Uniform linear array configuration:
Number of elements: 16
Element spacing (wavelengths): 0.25
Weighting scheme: kaiser
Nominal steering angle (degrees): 60
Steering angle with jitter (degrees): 61.11
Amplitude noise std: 0.05
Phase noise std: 0.05

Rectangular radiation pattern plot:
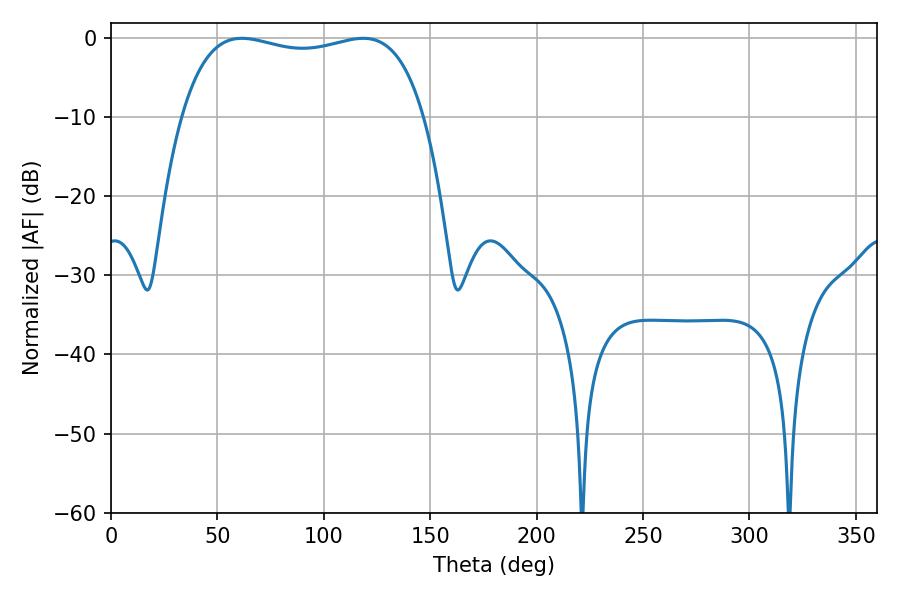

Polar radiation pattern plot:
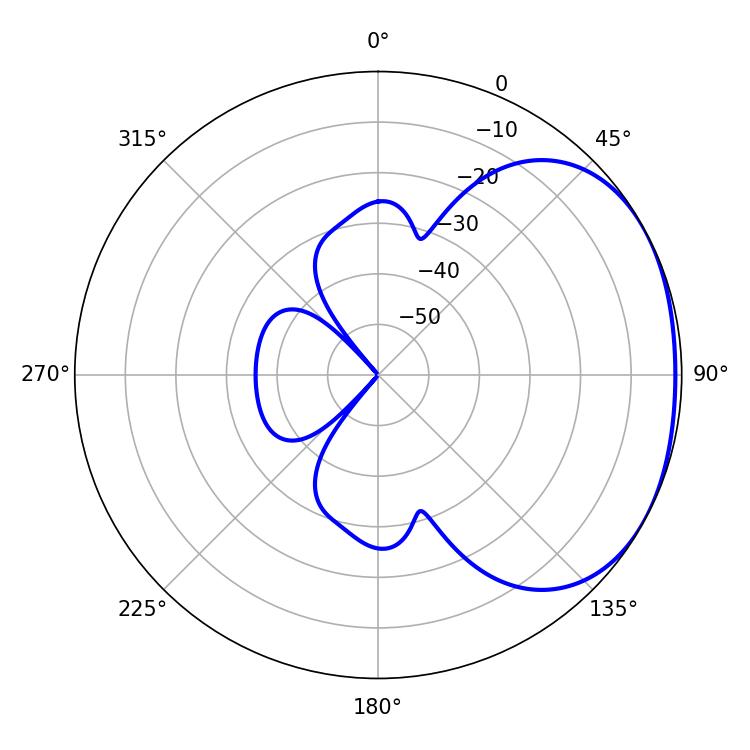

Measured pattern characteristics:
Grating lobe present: FALSE
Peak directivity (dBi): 1.864
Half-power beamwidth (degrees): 92.16
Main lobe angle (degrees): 61.56